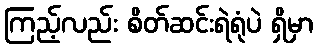
ကြည့်လည်း စိတ်ဆင်းရဲရုံပဲ ရှိမှာ